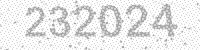
Solution: 232024